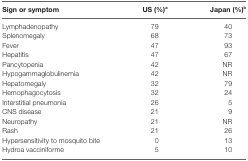
<table><thead><tr><td><b>Sign or symptom</b></td><td><b>US (%)<sup>a</sup></b></td><td><b>Japan (%)<sup>b</sup></b></td></tr></thead><tbody><tr><td>Lymphadenopathy</td><td>79</td><td>40</td></tr><tr><td>Splenomegaly</td><td>68</td><td>73</td></tr><tr><td>Fever</td><td>47</td><td>93</td></tr><tr><td>Hepatitis</td><td>47</td><td>67</td></tr><tr><td>Pancytopenia</td><td>42</td><td>NR</td></tr><tr><td>Hypogammaglobulinemia</td><td>42</td><td>NR</td></tr><tr><td>Hepatomegaly</td><td>32</td><td>79</td></tr><tr><td>Hemophagocytosis</td><td>32</td><td>24</td></tr><tr><td>Interstitial pneumonia</td><td>26</td><td>5</td></tr><tr><td>CNS disease</td><td>21</td><td>9</td></tr><tr><td>Neuropathy</td><td>21</td><td>NR</td></tr><tr><td>Rash</td><td>21</td><td>26</td></tr><tr><td>Hypersensitivity to mosquito bite</td><td>0</td><td>13</td></tr><tr><td>Hydroa vacciniforme</td><td>5</td><td>10</td></tr></tbody></table>